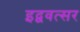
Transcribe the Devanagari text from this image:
इद्ववत्सर